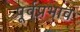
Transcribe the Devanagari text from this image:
पूर्वप्रभाव